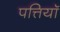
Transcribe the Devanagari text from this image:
पत्तियॉ